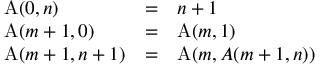
\begin{array} { l c l } { \operatorname { A } ( 0 , n ) } & { = } & { n + 1 } \\ { \operatorname { A } ( m + 1 , 0 ) } & { = } & { \operatorname { A } ( m , 1 ) } \\ { \operatorname { A } ( m + 1 , n + 1 ) } & { = } & { \operatorname { A } ( m , A ( m + 1 , n ) ) } \end{array}